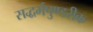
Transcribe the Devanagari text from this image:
सद्धर्मपुण्डरीक